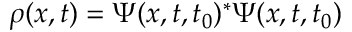
\rho ( x , t ) = \Psi ( x , t , t _ { 0 } ) ^ { * } \Psi ( x , t , t _ { 0 } )